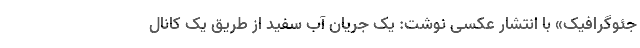
جئوگرافیک» با انتشار عکسی نوشت: یک جریان آب سفید از طریق یک کانال